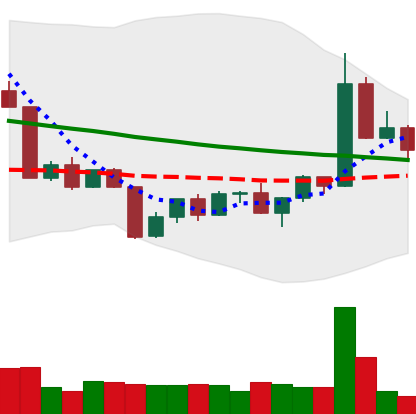
Ticker: TRX-USD
Chart end date: 2022-04-24
Forward return: -3.292%
Label: down_3_5